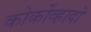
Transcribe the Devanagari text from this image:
कोर्कोव्हादो